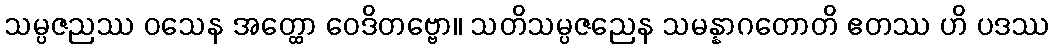
သမ္ပဇညဿ ဝသေန အတ္ထော ဝေဒိတဗ္ဗော။ သတိသမ္ပဇညေန သမန္နာဂတောတိ ဧတဿ ဟိ ပဒဿ